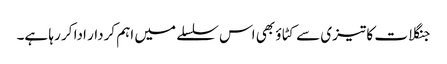
جنگلات کا تیزی سے کٹاؤ بھی اس سلسلے میں اہم کردار ادا کر رہا ہے۔